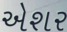
એશર